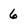
Character: 6